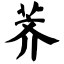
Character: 荠